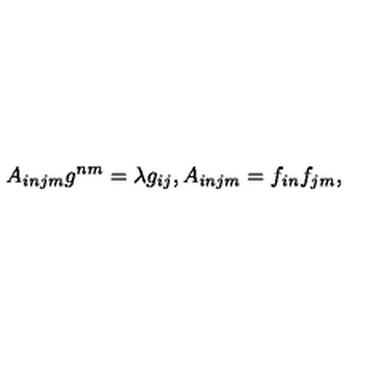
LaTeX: A _ { i n j m } g ^ { n m } = \lambda g _ { i j } , A _ { i n j m } = f _ { i n } f _ { j m } ,